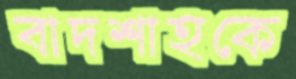
বাদশাহকে